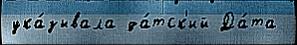
ука́зывала да́тск'ий Да́та